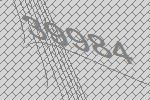
39984